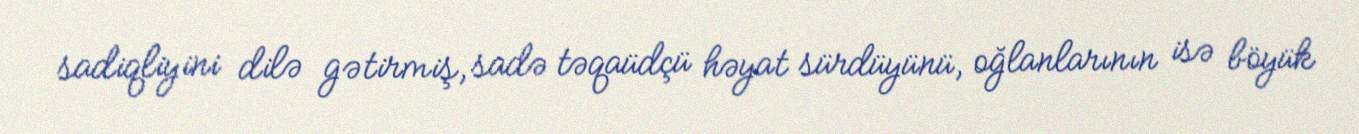
sadiqliyini dilə gətirmiş, sadə təqaüdçü həyat sürdüyünü, oğlanlarının isə böyük